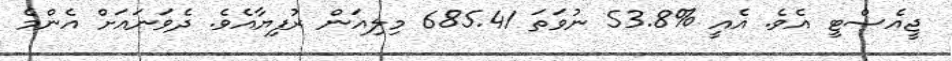
ޖީއެސްޓީ އެވެ. އެއީ %53.8 ނުވަތަ 685.41 މިލިއަން ރުފިޔާއެވެ. ދެވަނައަށް އެންމެ